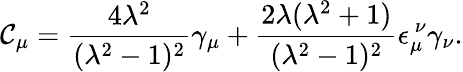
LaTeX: \mathcal{C}_{\mu}=\frac{{4\lambda^{2}}}{{(\lambda^{2}-1)^{2}}}\gamma_{\mu}+\frac{{2\lambda(\lambda^{2}+1)}}{{(\lambda^{2}-1)^{2}}}\epsilon_{\mu}^{~\nu}\gamma_{\nu}.